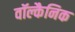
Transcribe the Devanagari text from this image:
वॉल्कैनिक